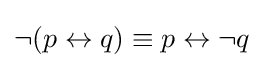
\neg (p\leftrightarrow q)\equiv p\leftrightarrow \neg q